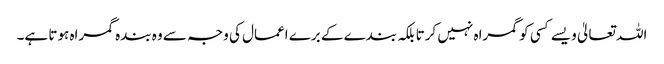
اللہ تعالیٰ ویسے کسی کو گمراہ نہیں کرتا بلکہ بندے کے برے اعمال کی وجہ سے وہ بندہ گمراہ ہوتا ہے۔